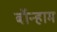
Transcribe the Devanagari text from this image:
बॉन्हाम